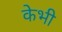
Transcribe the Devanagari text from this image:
केभी